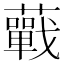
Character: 𧂁